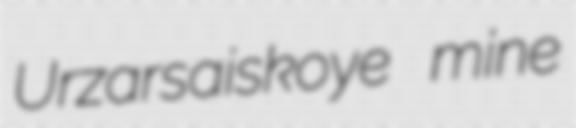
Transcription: Urzarsaiskoye mine